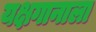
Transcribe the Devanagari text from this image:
यक्षगानाला